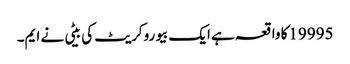
19995کا واقعہ ہے ایک بیوروکریٹ کی بیٹی نے ایم۔